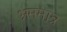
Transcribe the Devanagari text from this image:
भ्रममात्र